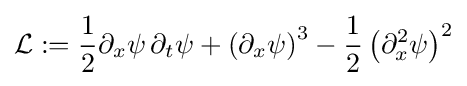
{\mathcal {L}}:={\frac {1}{2}}\partial _{x}\psi \,\partial _{t}\psi +\left(\partial _{x}\psi \right)^{3}-{\frac {1}{2}}\left(\partial _{x}^{2}\psi \right)^{2}